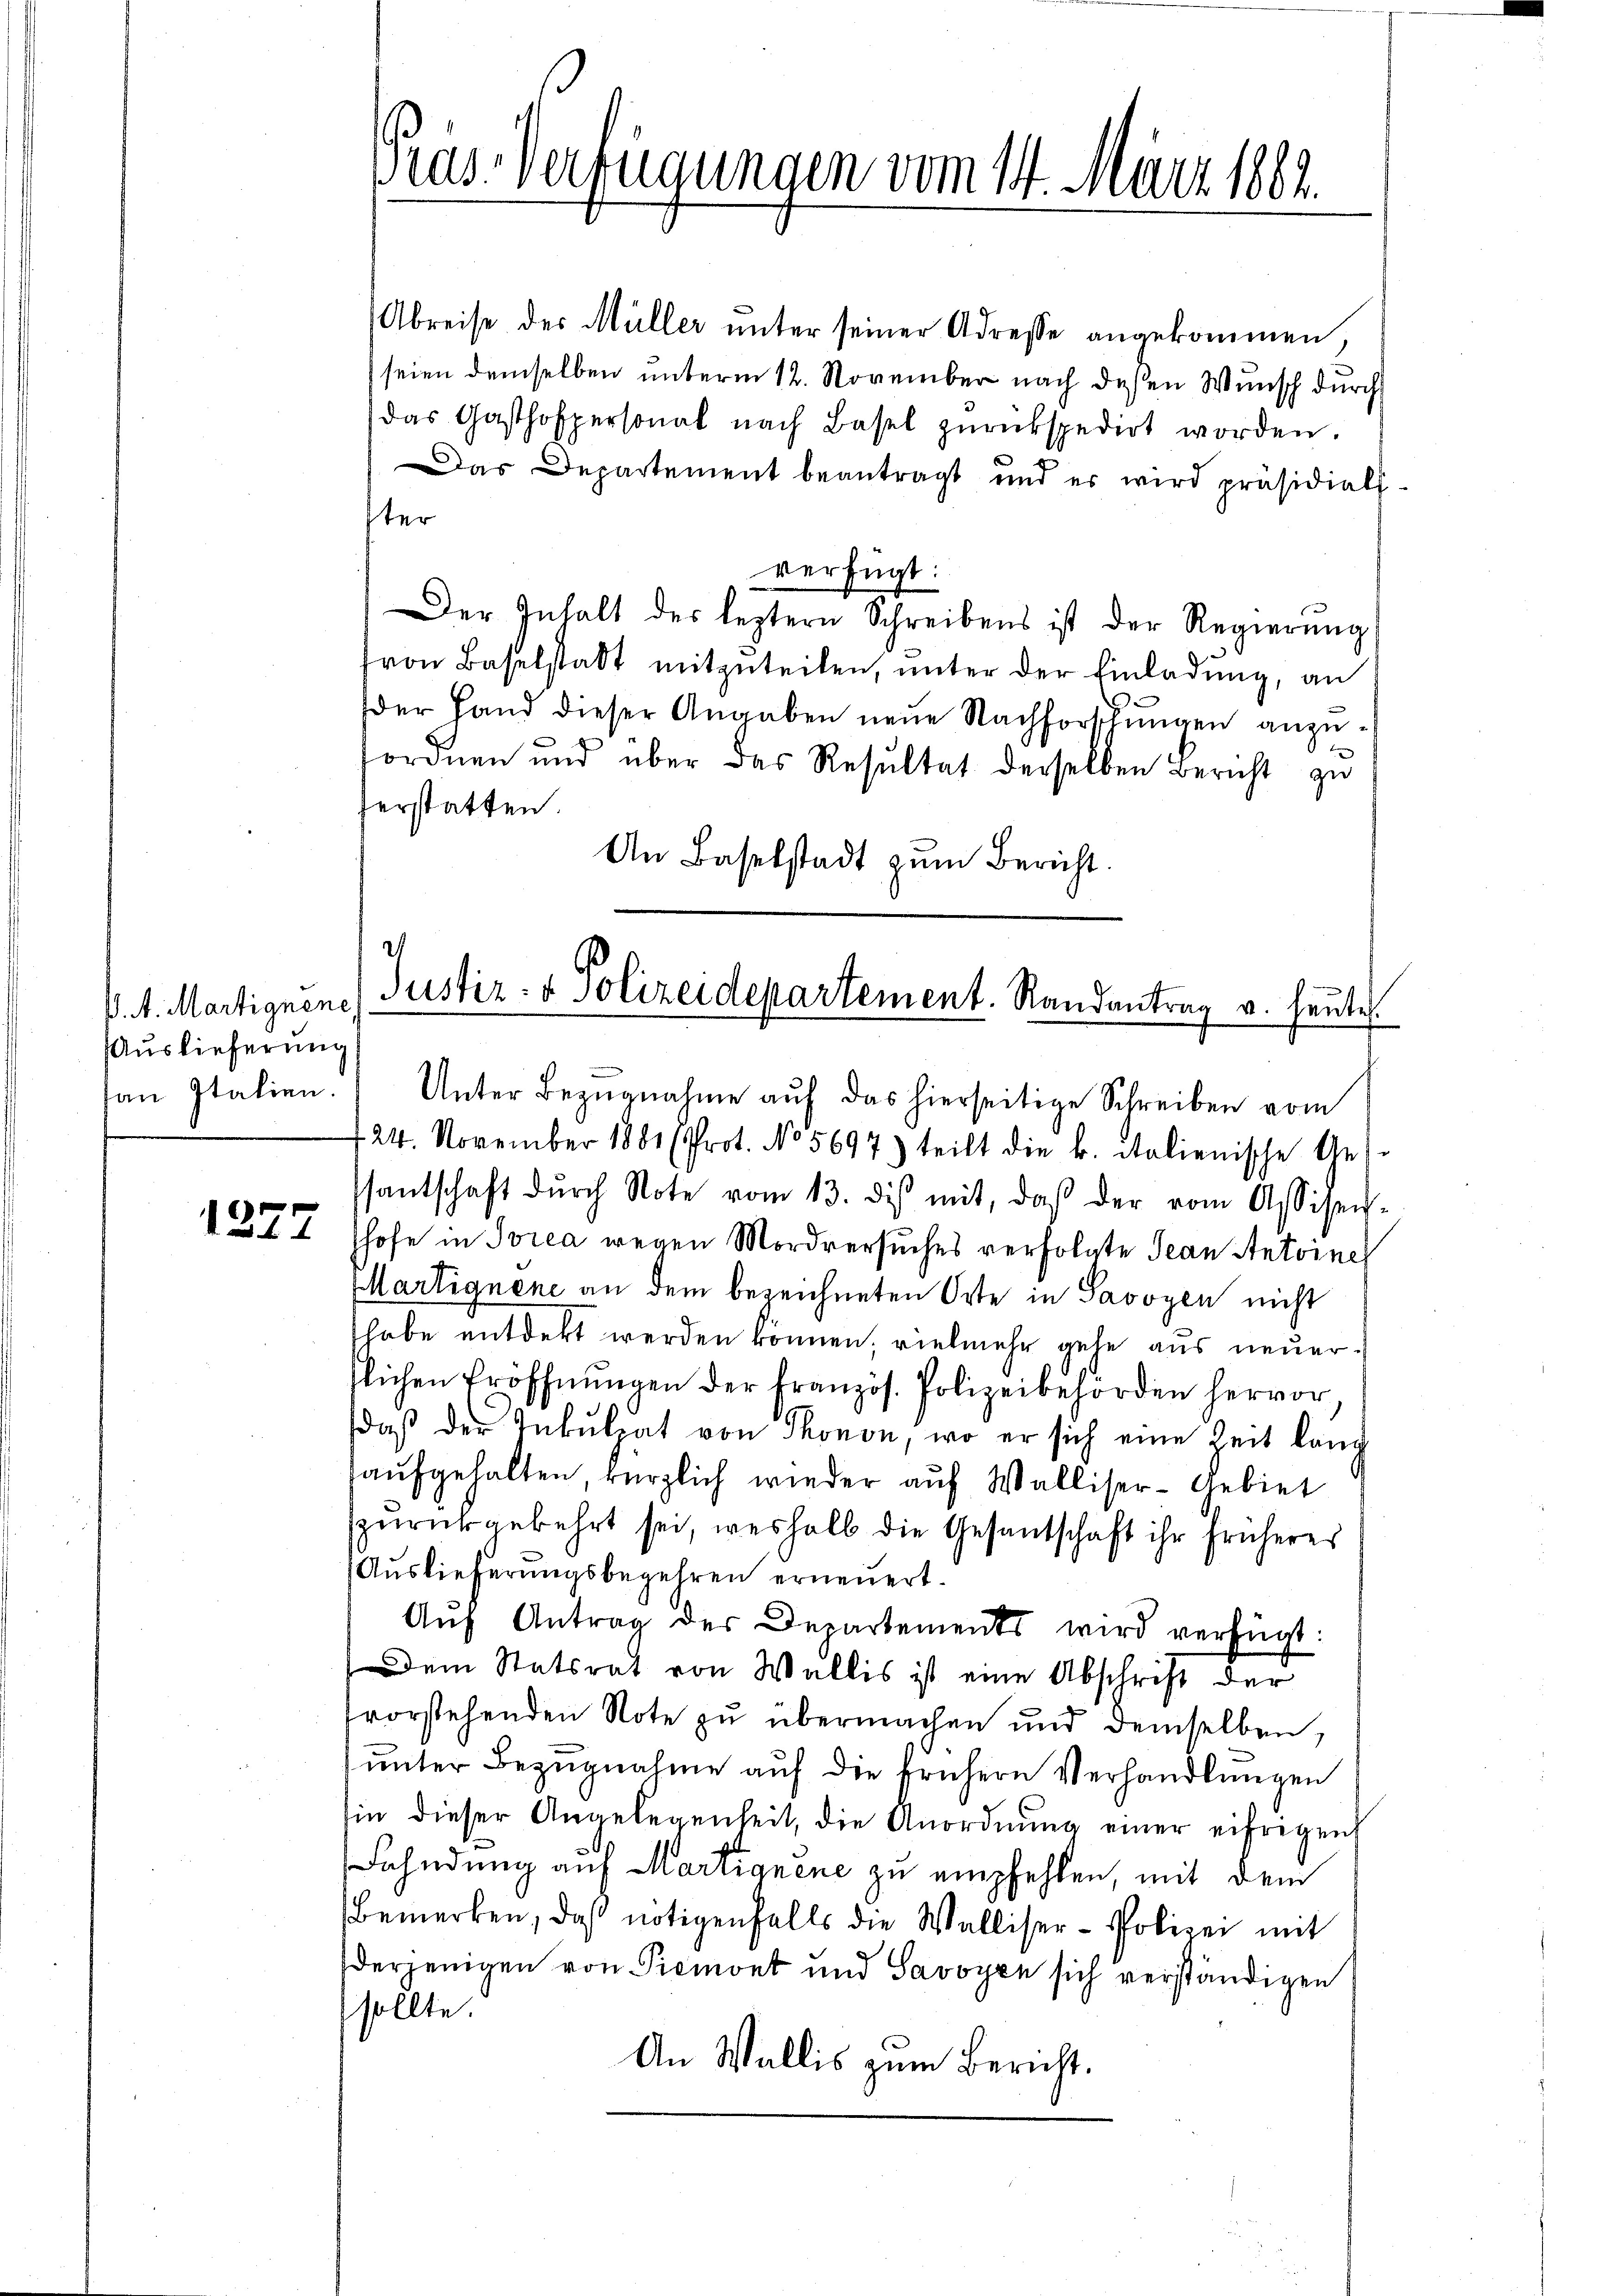
V. A. Martignene,
Auslieferung

x
121

Pas-Verfügungen vom 14. März 1882.

Abreise des Müller unter seiner Adresse angekommen,
seien demselben unterm 12. November nach deßen Wunsch durch
das Gasthofpersonal nach Basel zŭrückspedirt worden.
Das Departement beantragt und es wird präsidial-
ter
verfügt:
Der Inhalt des leztern Schreibens ist der Regierŭng
von Baselstadt mitzŭteilen, ŭnter der Einladŭng, an
der Hand dieser Angaben neue Nachforschungen anzufordnen und über das Resultat derselben Bericht zu
herstatten.
An Baselstadt zum Bericht.

.
Justiz- & Polizeidepartement. Randantrag v. heute.

an Italien. Unter Bezŭgnahme aŭf das hierseitige Schreiben vom
424. November 1881 (Prot. No 5697) teilt die k. italienische Ges
santschaft dŭrch Note vom 13. dis mit, daβ der vom Assisen-
hhofe in Sorea wegen Mordversuches verfolgte Jean Antoines
Martignene an dem bezeichneten Orte in Savoyen nicht
habe entdekt werden können, vielmehr gehe aus neuerflichen Eröffnŭngen der französ. Polizeibehörden hervor
daβ der Inkulpat von Thonon, wo er sich eine Zeit lang
aŭfgehalten, kürzlich wieder auf Walliser- Gebiet
zŭrückgekehrt sei, weshalb die Gesantschaft ihr früheres
Auslieferungsbegehren erneuert.
Aŭf Antrag der Departements wird verfügt:
Dem Statsrat von Wallis ist eine Abschrift der
svorstehenden Note zu übermachen und demselben,
ŭnter Bezŭgnahme auf die früheren Verhandlungen
sin dieser Angelegenheit, die Anordnŭng einer eifrigen
Fahndung auf Martignene zu empfehlen, mit dem
Bemerken, das nötigenfalls die Walliser- Polizei mit
erjenigen von Piemont und Savoyen sich verständigen
sollte.
An Wallis zum Bericht.